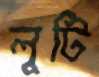
লুটি